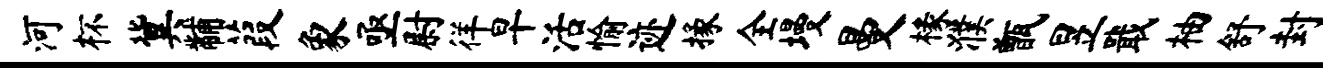
河杯冀黼葭象亟尉徉早活愉迹掾全墁曼椽濮甑昱戢柚舒封